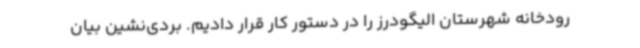
رودخانه شهرستان الیگودرز را در دستور کار قرار دادیم. بردی‌نشین بیان